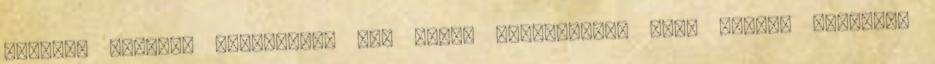
helyről kaptunk meghívást, így talán elmondható, hogy lapunk életében